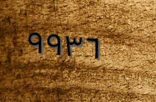
٩٩٣٦